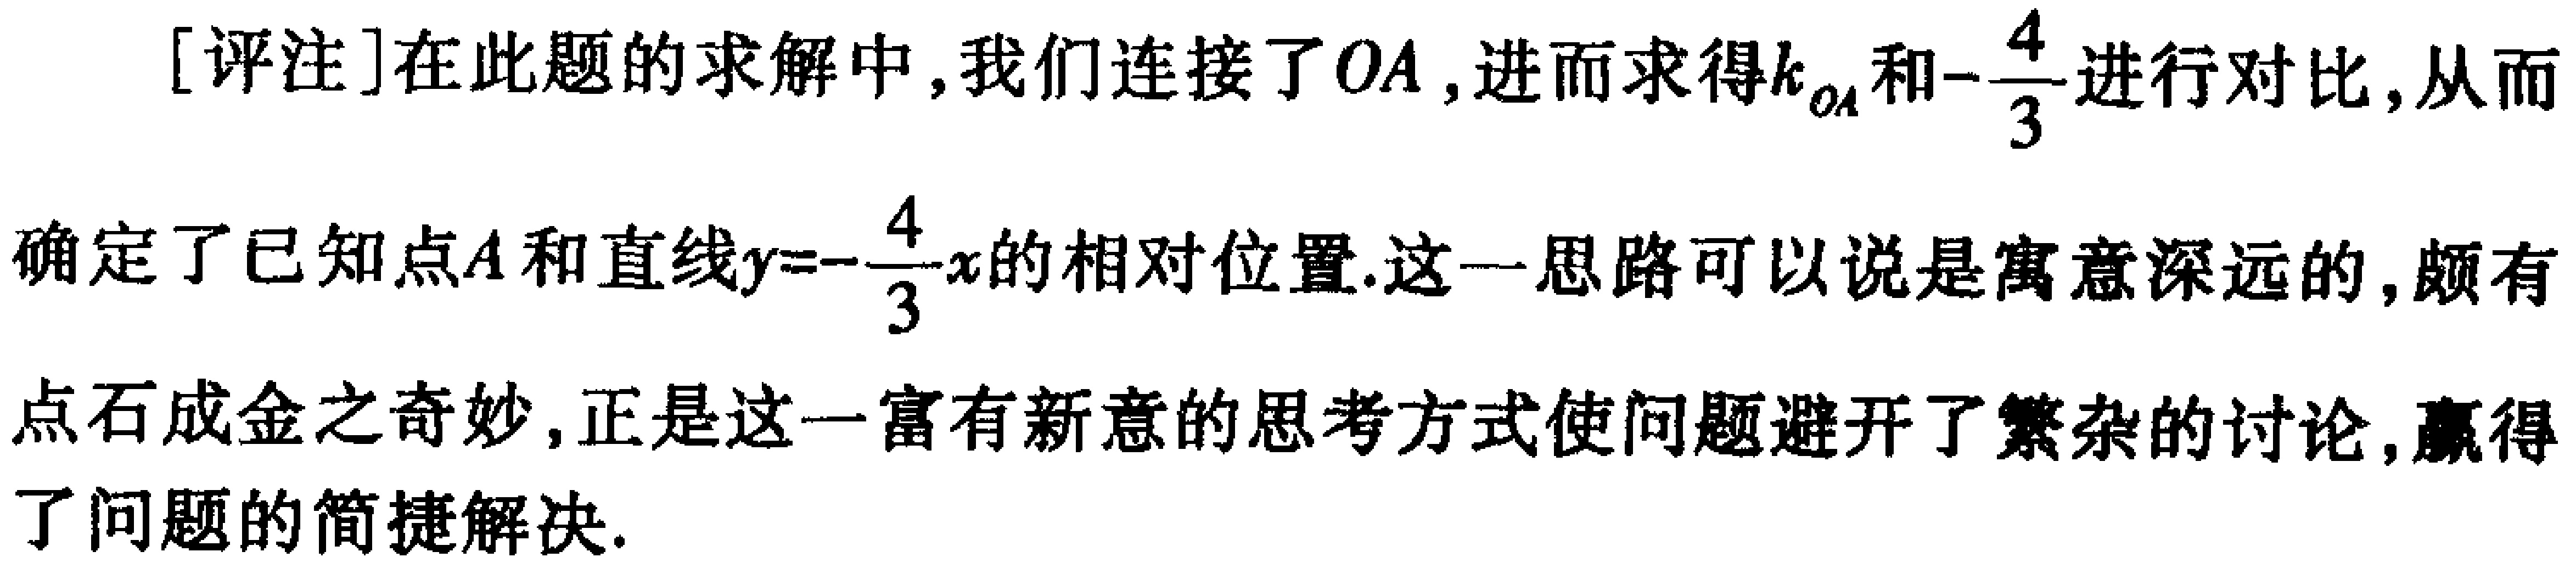
[评注]在此题的求解中, 我们连接了 \(OA\), 进而求得 \(k_{OA}\) 和\(-\frac{4}{3}\) 进行对比, 从而确定了已知点 \(A\) 和直线 \(y = -\frac{4}{3}x\) 的相对位置. 这一思路可以说是寓意深远的, 颇有点石成金之奇妙, 正是这一富有新意的思考方式使问题避开了繁杂的讨论, 赢得了问题的简捷解决.